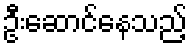
ဦးဆောင်နေသည့်